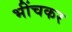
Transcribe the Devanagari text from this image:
भींचकर